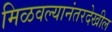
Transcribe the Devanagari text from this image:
मिळवल्यानंतरदेखील